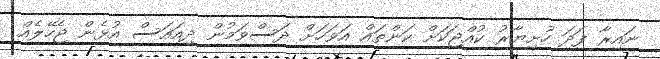
ނައިރާ ފަދަ ހުށިޔާރު ކުއްޖަކަށް ކަންތައް އަވަހަށް ދަސްވަމުން ދިއައަސް އުޅެން ޖެހޭލެއް